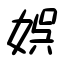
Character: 娯